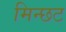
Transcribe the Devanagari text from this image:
मिन्छट